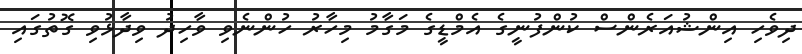
ދިވެހި އިންޝުއަރެންސް ކުންފުނީގެ އެމްޑީގެ މަގާމު މިހާރު ހުންނެވި ވާހިދު ވިދާޅުވި ގޮތުގައި